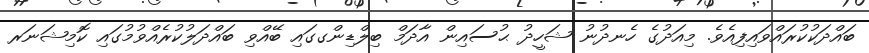
ބައްދަކުކުރައްވައިފިއެވެ. މިއަދުގެ ހެނދުނު ޝަހީދު ޙުސައިން އާދަމް ބިލްޑިންގގައި ބޭއްވި ބައްދަލުކުރެއްވުމުގައި ކޮމިޝަނަރ